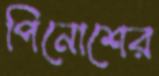
পিনোশের